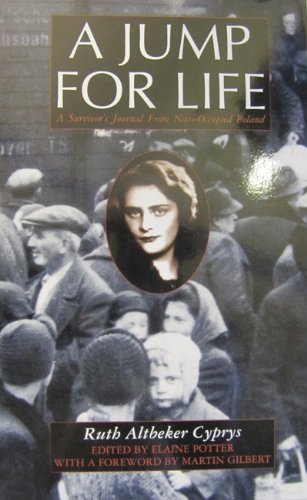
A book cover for A Jump for Life: A Survivor's Journal from Nazi-Occupied Poland; Ruth Altbeker Cyprys; Biographies & Memoirs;